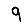
Digit: 9